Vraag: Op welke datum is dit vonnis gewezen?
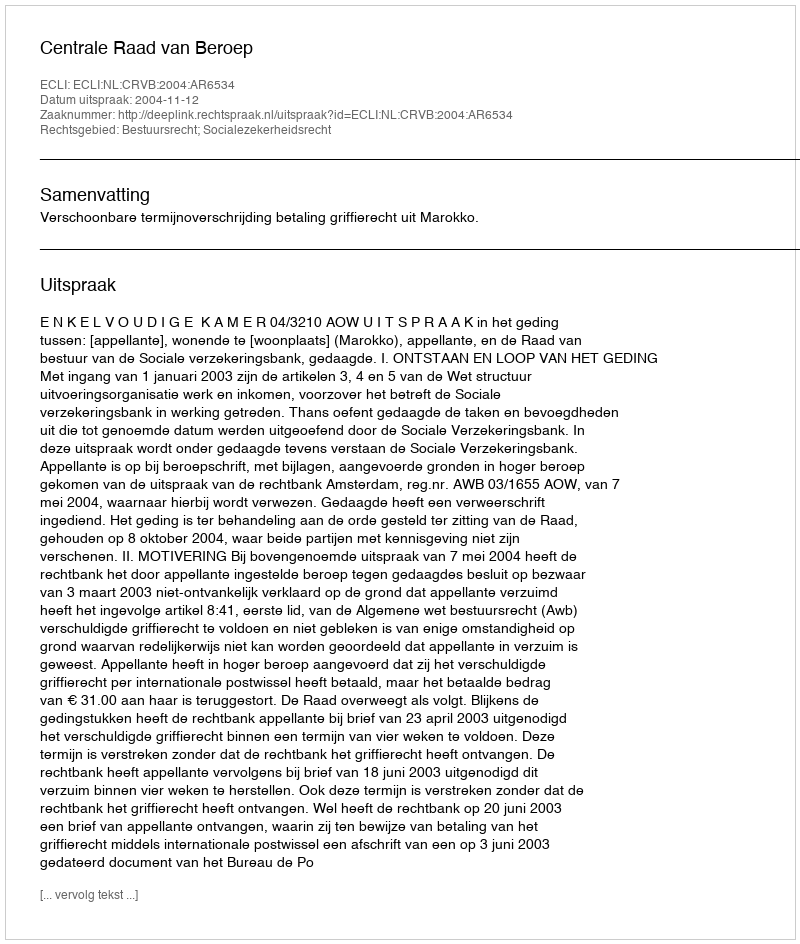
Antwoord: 2004-11-12